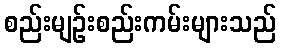
စည်းမျဉ်းစည်းကမ်းများသည်